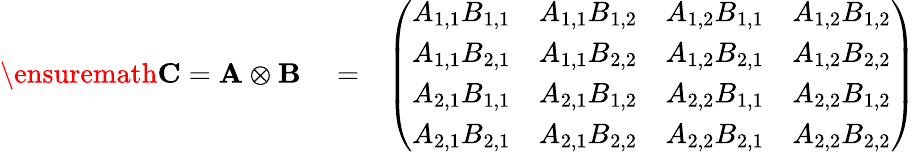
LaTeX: \begin{array}{rlr}{\ensuremath{\mathbf{C}}=\mathbf{A}\otimes\mathbf{B}}&{{}=}&{\left(\begin{array}{llll}{A_{1,1}B_{1,1}}&{A_{1,1}B_{1,2}}&{A_{1,2}B_{1,1}}&{A_{1,2}B_{1,2}}\\ {A_{1,1}B_{2,1}}&{A_{1,1}B_{2,2}}&{A_{1,2}B_{2,1}}&{A_{1,2}B_{2,2}}\\ {A_{2,1}B_{1,1}}&{A_{2,1}B_{1,2}}&{A_{2,2}B_{1,1}}&{A_{2,2}B_{1,2}}\\ {A_{2,1}B_{2,1}}&{A_{2,1}B_{2,2}}&{A_{2,2}B_{2,1}}&{A_{2,2}B_{2,2}}\end{array}\right)}\end{array}